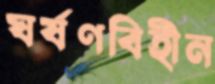
ঘর্ষণবিহীন